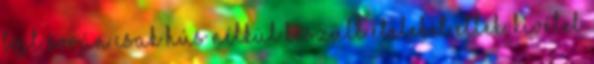
böjt során csak hús nélkül készült ételeket ettek, kivétel